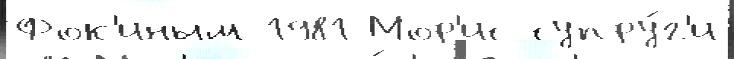
Фок'иным 1981 Мор'ис супру́г'и